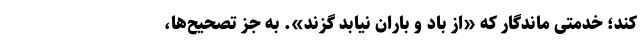
کند؛ خدمتی ماندگار که «از باد و باران نیابد گزند». به جز تصحیح‌ها،